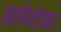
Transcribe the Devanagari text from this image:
आमेटोका